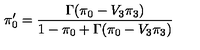
\pi _ { 0 } ^ { \prime } = \frac { \Gamma ( \pi _ { 0 } - V _ { 3 } \pi _ { 3 } ) } { 1 - \pi _ { 0 } + \Gamma ( \pi _ { 0 } - V _ { 3 } \pi _ { 3 } ) }